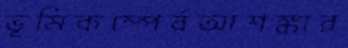
ভূমিকম্পের্রআশঙ্কার